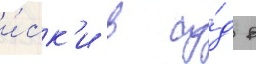
и́ск'и в су́д в